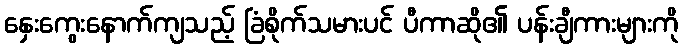
နှေးကွေးနောက်ကျသည့် ခြံစိုက်သမားပင် ပီကာဆို၏ ပန်းချီကားများကို